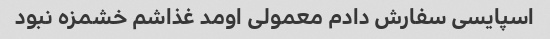
اسپایسی سفارش دادم معمولی اومد غذاشم خشمزه نبود